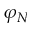
\varphi _ { N }